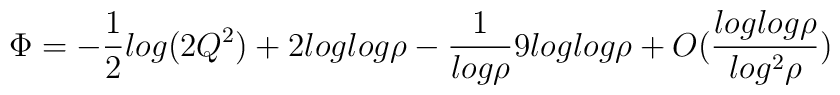
\Phi = -\frac{1}{2}log(2Q^{2}) +2loglog\rho -\frac{1}{log\rho}9loglog\rho + O(\frac{loglog\rho}{log^{2}\rho})